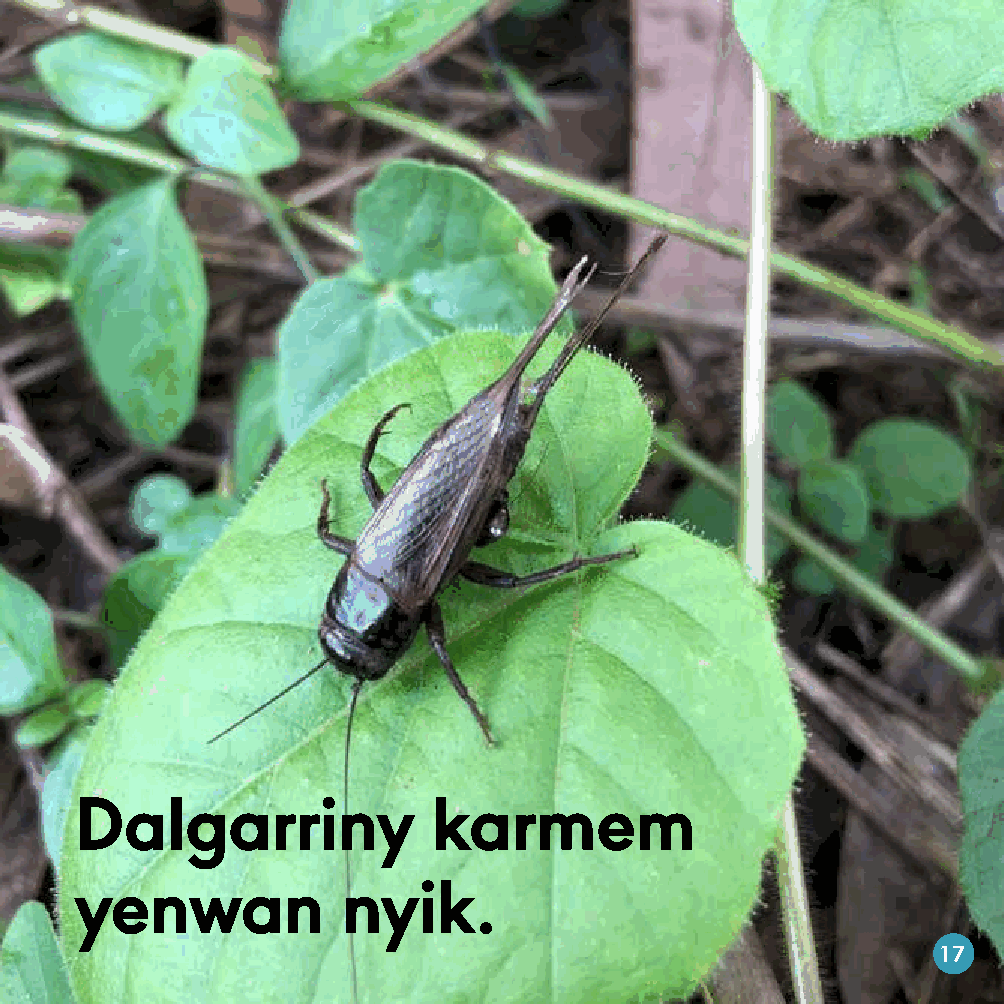
Dalgarriny              karmem
 yenwan            nyik.
 17